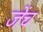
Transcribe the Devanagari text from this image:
जेंच